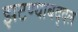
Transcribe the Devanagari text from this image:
झटण्याबद्दल